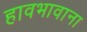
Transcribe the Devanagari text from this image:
हावभावाना